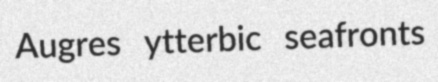
Augres ytterbic seafronts